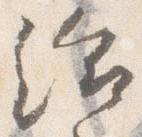
給